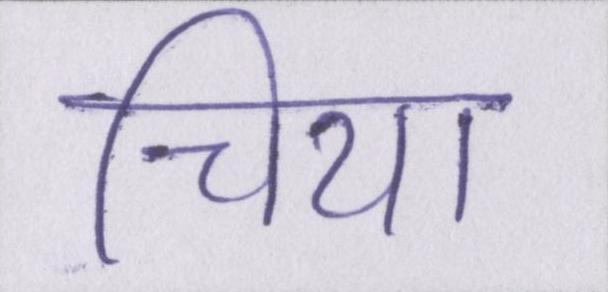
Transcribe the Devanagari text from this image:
चिया